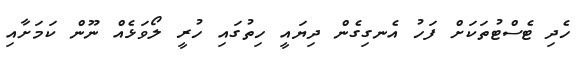
ހެދި ޓެސްޓުތަކަށް ފަހު އެނގިގެން ދިޔައީ ހިތުގައި ހުރީ ލޯވަޅެއް ނޫން ކަމަށާއި